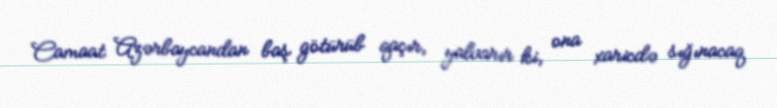
Camaat Azərbaycandan baş götürüb qaçır, yalvarır ki, ona xaricdə sığınacaq